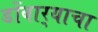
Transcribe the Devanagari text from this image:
डोंबार्‍याचा